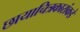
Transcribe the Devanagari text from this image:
छायाचित्रकारांकडे